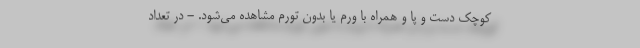
کوچک دست و پا و همراه با ورم یا بدون تورم مشاهده می‌شود. - در تعداد